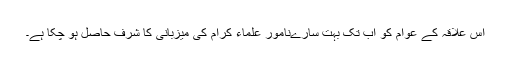
اس علاقہ کے عوام کو اب تک بہت سارےنامور علماء کرام کی میزبانی کا شرف حاصل ہو چکا ہے۔